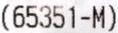
(65351-M)